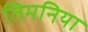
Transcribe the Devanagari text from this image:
तिमनिया